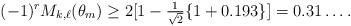
LaTeX: \begin{align*}(-1)^r M_{k,\ell}(\theta_m) \geq 2[1 - \tfrac{1}{\sqrt{2}}\{1+0.193\}] = 0.31\dots.\end{align*}